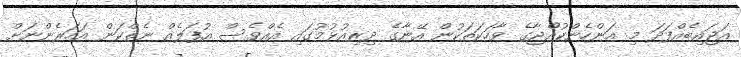
އަޖައިބެއްފަދަ މި އަންހެންކުއްޖާގެ ވާހަކަތަކުން އޭނާގެ ދިރިއުޅުމުގައި އެއްވެސް އުފަލެއް ނެތްކަން އަހަރެންނަށް